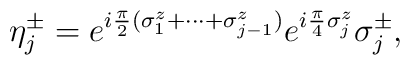
\eta_{j}^{\pm} = e^{i{\pi\over 2}(\sigma_{1}^{z} + \cdots + \sigma_{j-1}^{z})}e^{i{\pi\over 4}\sigma_{j}^{z}}\sigma_{j}^{\pm},